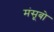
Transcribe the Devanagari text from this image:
मंसूबो